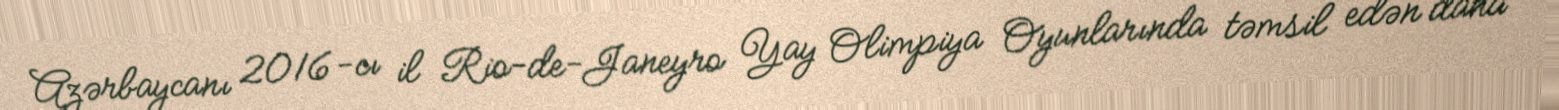
Azərbaycanı 2016-cı il Rio-de-Janeyro Yay Olimpiya Oyunlarında təmsil edən daha